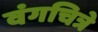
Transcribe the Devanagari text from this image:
वंगचित्रे